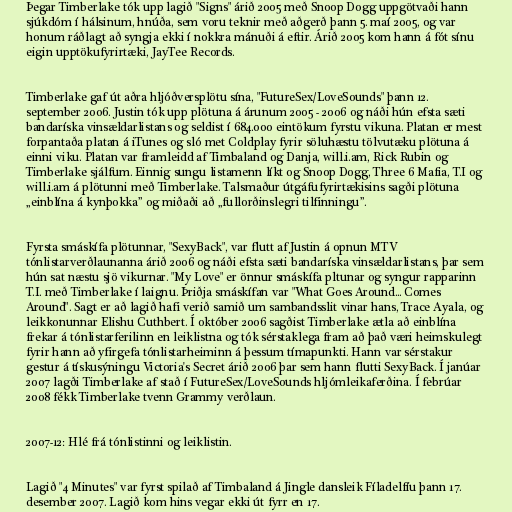
Þegar Timberlake tók upp lagið "Signs" árið 2005 með Snoop Dogg uppgötvaði hann
sjúkdóm í hálsinum, hnúða, sem voru teknir með aðgerð þann 5. maí 2005, og var
honum ráðlagt að syngja ekki í nokkra mánuði á eftir. Árið 2005 kom hann á fót sínu
eigin upptökufyrirtæki, JayTee Records.

Timberlake gaf út aðra hljóðversplötu sína, "FutureSex/LoveSounds" þann 12.
september 2006. Justin tók upp plötuna á árunum 2005 - 2006 og náði hún efsta sæti
bandaríska vinsældarlistans og seldist í 684.000 eintökum fyrstu vikuna. Platan er mest
forpantaða platan á iTunes og sló met Coldplay fyrir söluhæstu tölvutæku plötuna á
einni viku. Platan var framleidd af Timbaland og Danja, will.i.am, Rick Rubin og
Timberlake sjálfum. Einnig sungu listamenn líkt og Snoop Dogg, Three 6 Mafia, T.I og
will.i.am á plötunni með Timberlake. Talsmaður útgáfufyrirtækisins sagði plötuna
„einblína á kynþokka” og miðaði að „fullorðinslegri tilfinningu”.

Fyrsta smáskífa plötunnar, "SexyBack", var flutt af Justin á opnun MTV
tónlistarverðlaunanna árið 2006 og náði efsta sæti bandaríska vinsældarlistans, þar sem
hún sat næstu sjö vikurnar. "My Love" er önnur smáskífa pltunar og syngur rapparinn
T.I. með Timberlake í laignu. Þriðja smáskífan var "What Goes Around... Comes
Around". Sagt er að lagið hafi verið samið um sambandsslit vinar hans, Trace Ayala, og
leikkonunnar Elishu Cuthbert. Í október 2006 sagðist Timberlake ætla að einblína
frekar á tónlistarferilinn en leiklistna og tók sérstaklega fram að það væri heimskulegt
fyrir hann að yfirgefa tónlistarheiminn á þessum tímapunkti. Hann var sérstakur
gestur á tískusýningu Victoria's Secret árið 2006 þar sem hann flutti SexyBack. Í janúar
2007 lagði Timberlake af stað í FutureSex/LoveSounds hljómleikaferðina. Í febrúar
2008 fékk Timberlake tvenn Grammy verðlaun.

2007-12: Hlé frá tónlistinni og leiklistin.

Lagið "4 Minutes" var fyrst spilað af Timbaland á Jingle dansleik Fíladelfíu þann 17.
desember 2007. Lagið kom hins vegar ekki út fyrr en 17.